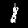
Digit: 1